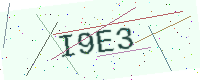
Text: I9E3